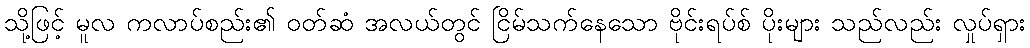
သို့ဖြင့် မူလ ကလာပ်စည်း၏ ဝတ်ဆံ အလယ်တွင် ငြိမ်သက်နေသော ဗိုင်းရပ်စ် ပိုးများ သည်လည်း လှုပ်ရှား